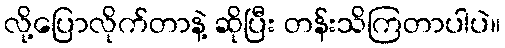
လို့ပြောလိုက်တာနဲ့ ဆိုပြီး တန်းသိကြတာပါပဲ။